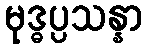
မုဒ္ဓပ္ပသန္နာ